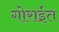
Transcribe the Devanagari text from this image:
गोराईत